65_HS1-834228961_62-HQ-83894_Section_8
Agency: FBI
Page 30
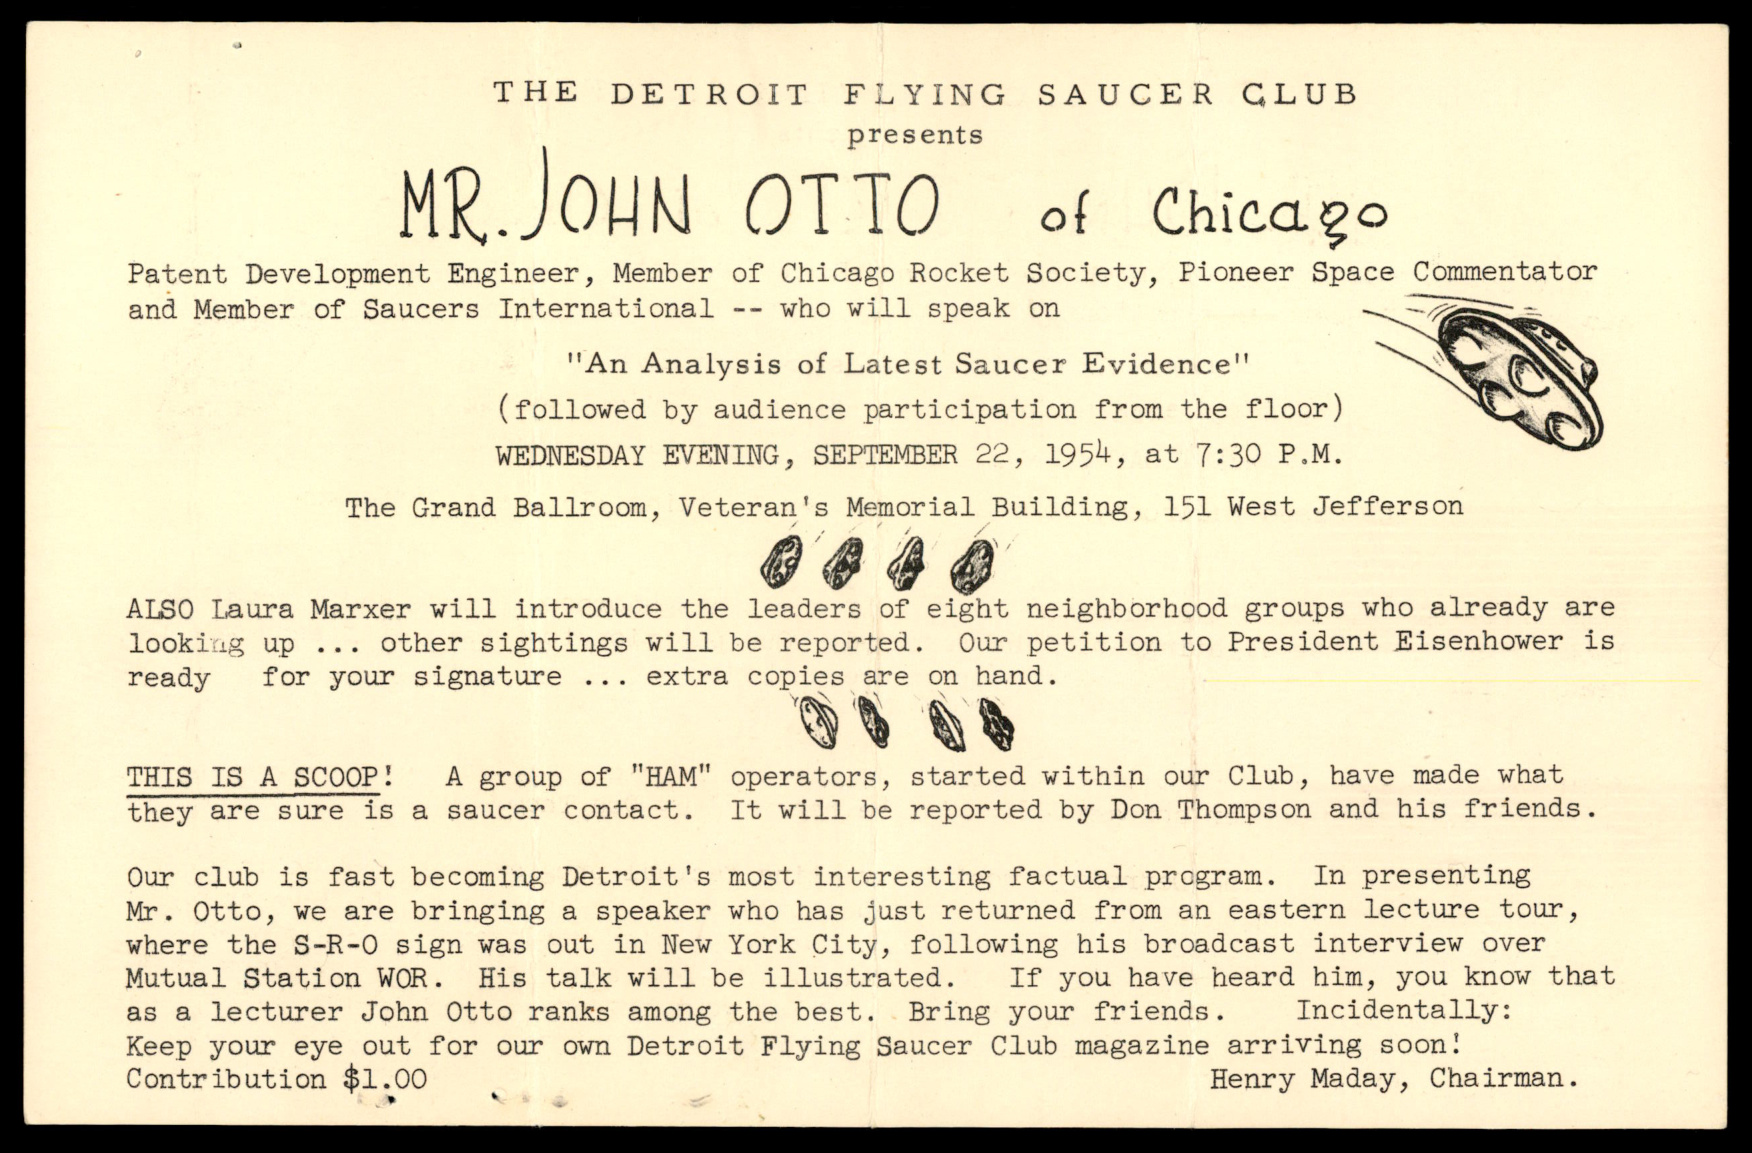